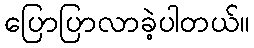
ပြောပြာလာခဲ့ပါတယ်။